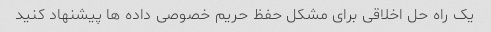
یک راه حل اخلاقی برای مشکل حفظ حریم خصوصی داده ها پیشنهاد کنید